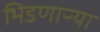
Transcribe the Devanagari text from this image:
भिडणाऱ्या